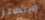
ويبستر